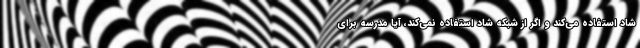
شاد استفاده می‌کند و اگر از شبکه شاد استفاده نمی‌کند، آیا مدرسه برای